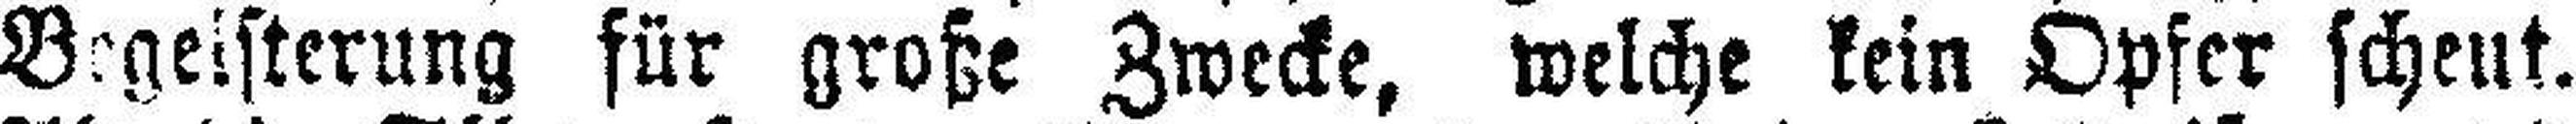
Begeisterung für große Zwecke, welche kein Opfer scheut.